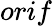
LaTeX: orif